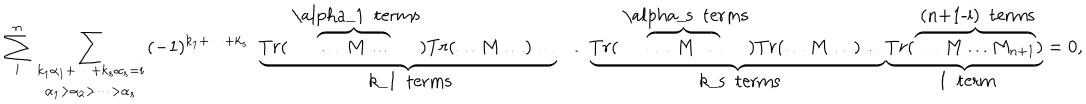
LaTeX: \sum _ { i } ^ { n } \sum _ { \begin{array} { c } { { k _ { 1 } \alpha _ { 1 } + \dots + k _ { s } \alpha _ { s } = i } } \\ { { \alpha _ { 1 } > \alpha _ { 2 } > \dots > \alpha _ { s } } } \\ \end{array} } ( - 1 ) ^ { { k } _ { 1 } + \dots + { k } _ { s } } \ \ \underbrace { T r ( \overbrace { \dots \ M \dots } ^ { \mathrm { ~ \ a l p h a _ { 1 } ~ t e r m s } } ) T r ( \dots M \dots ) \dots } _ { \mathrm { ~ k _ { 1 } ~ t e r m s } } \ \dots \nonumber \underbrace { T r ( \overbrace { \dots \ M \dots } ^ { \mathrm { ~ \ a l p h a _ { s } ~ t e r m s } } ) T r ( \dots M \dots ) \dots } _ { \mathrm { ~ k _ { s } ~ t e r m s } } \underbrace { T r ( \overbrace { \dots \ M \dots { M } _ { n + 1 } } ^ { \mathrm { ~ ( n + 1 - i ) ~ t e r m s } } ) } _ { \mathrm { ~ 1 ~ t e r m } } = 0 ,